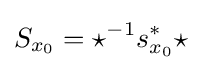
S_{x_{0}}={\star }^{-1}s_{x_{0}}^{*}{\star }